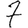
Digit: 7